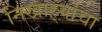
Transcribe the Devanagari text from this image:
निखाऱ्यांचा